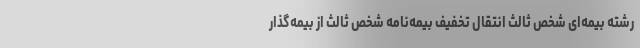
رشته بیمه‌ای شخص ثالث انتقال تخفیف بیمه‌نامه شخص ثالث از بیمه‌گذار